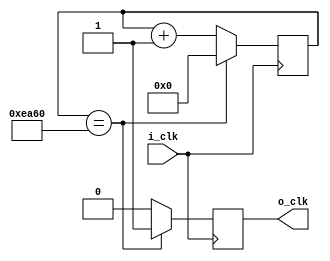
// Generate timer pulses
// Register output because comb. wire causes erratic behaviour
module timer (
    input i_clk,
    output reg o_clk
);


    localparam semiperiod = 16'd60000;    // 40 Hz 

    reg [15:0] counter = 0;

    always @(posedge i_clk) begin
        if (counter == semiperiod) begin
            o_clk <= 1;
            counter <= 0;
        end
        else begin 
            o_clk <= 0;
            counter <= counter + 1'b1;
        end
    end


endmodule